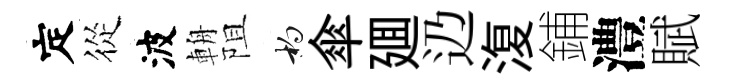
定從波輈阻杓傘廽辸𣸪鋪澧賦